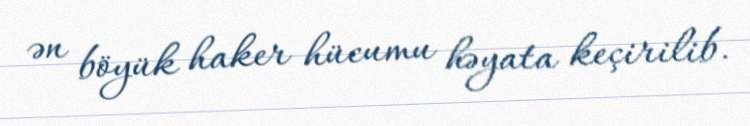
ən böyük haker hücumu həyata keçirilib.